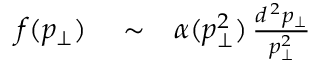
\begin{array} { r l r } { f ( p _ { \perp } ) } & { { } \sim } & { \alpha ( p _ { \perp } ^ { 2 } ) \, { \frac { d ^ { \, 2 } p _ { \perp } } { p _ { \perp } ^ { 2 } } } } \end{array}